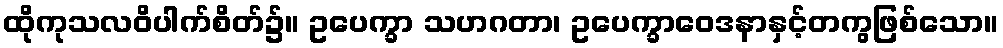
ထိုကုသလဝိပါက်စိတ်၌။ ဥပေက္ခာ သဟဂတာ၊ ဥပေက္ခာဝေဒနာနှင့်တကွဖြစ်သော။